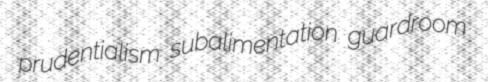
prudentialism subalimentation guardroom